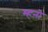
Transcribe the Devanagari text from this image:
म्हनो